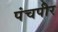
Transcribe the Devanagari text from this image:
पंचपीर